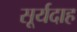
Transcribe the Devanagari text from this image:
सूर्यदाह